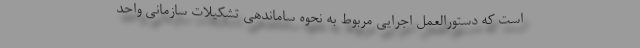
است که دستورالعمل اجرایی مربوط به نحوه ساماندهی تشکیلات سازمانی واحد